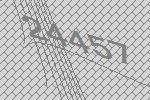
24457